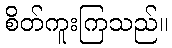
စိတ်ကူးကြသည်။